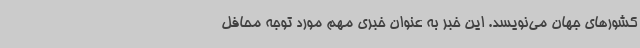
کشورهای جهان می‌نویسد. این خبر به‌ عنوان خبری مهم مورد توجه محافل